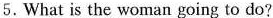
5.What is the woman going to do?